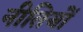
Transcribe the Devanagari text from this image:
नीतियों